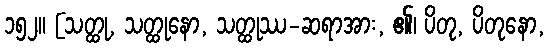
၁၅၂။ [သတ္ထု, သတ္ထုနော, သတ္ထုဿ-ဆရာအား, ၏၊ ပိတု, ပိတုနော,